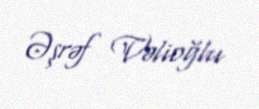
Əşrəf Vəlioğlu